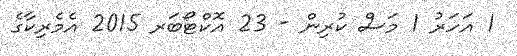
1 އަހަރު 1 މަސް ކުރިން - 23 އޮކްޓޯބަރ 2015 އެމެރިކާގެ